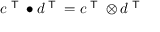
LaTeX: c ^ { \textsf { T } } \bullet d ^ { \textsf { T } } = c ^ { \textsf { T } } \otimes d ^ { \textsf { T } }